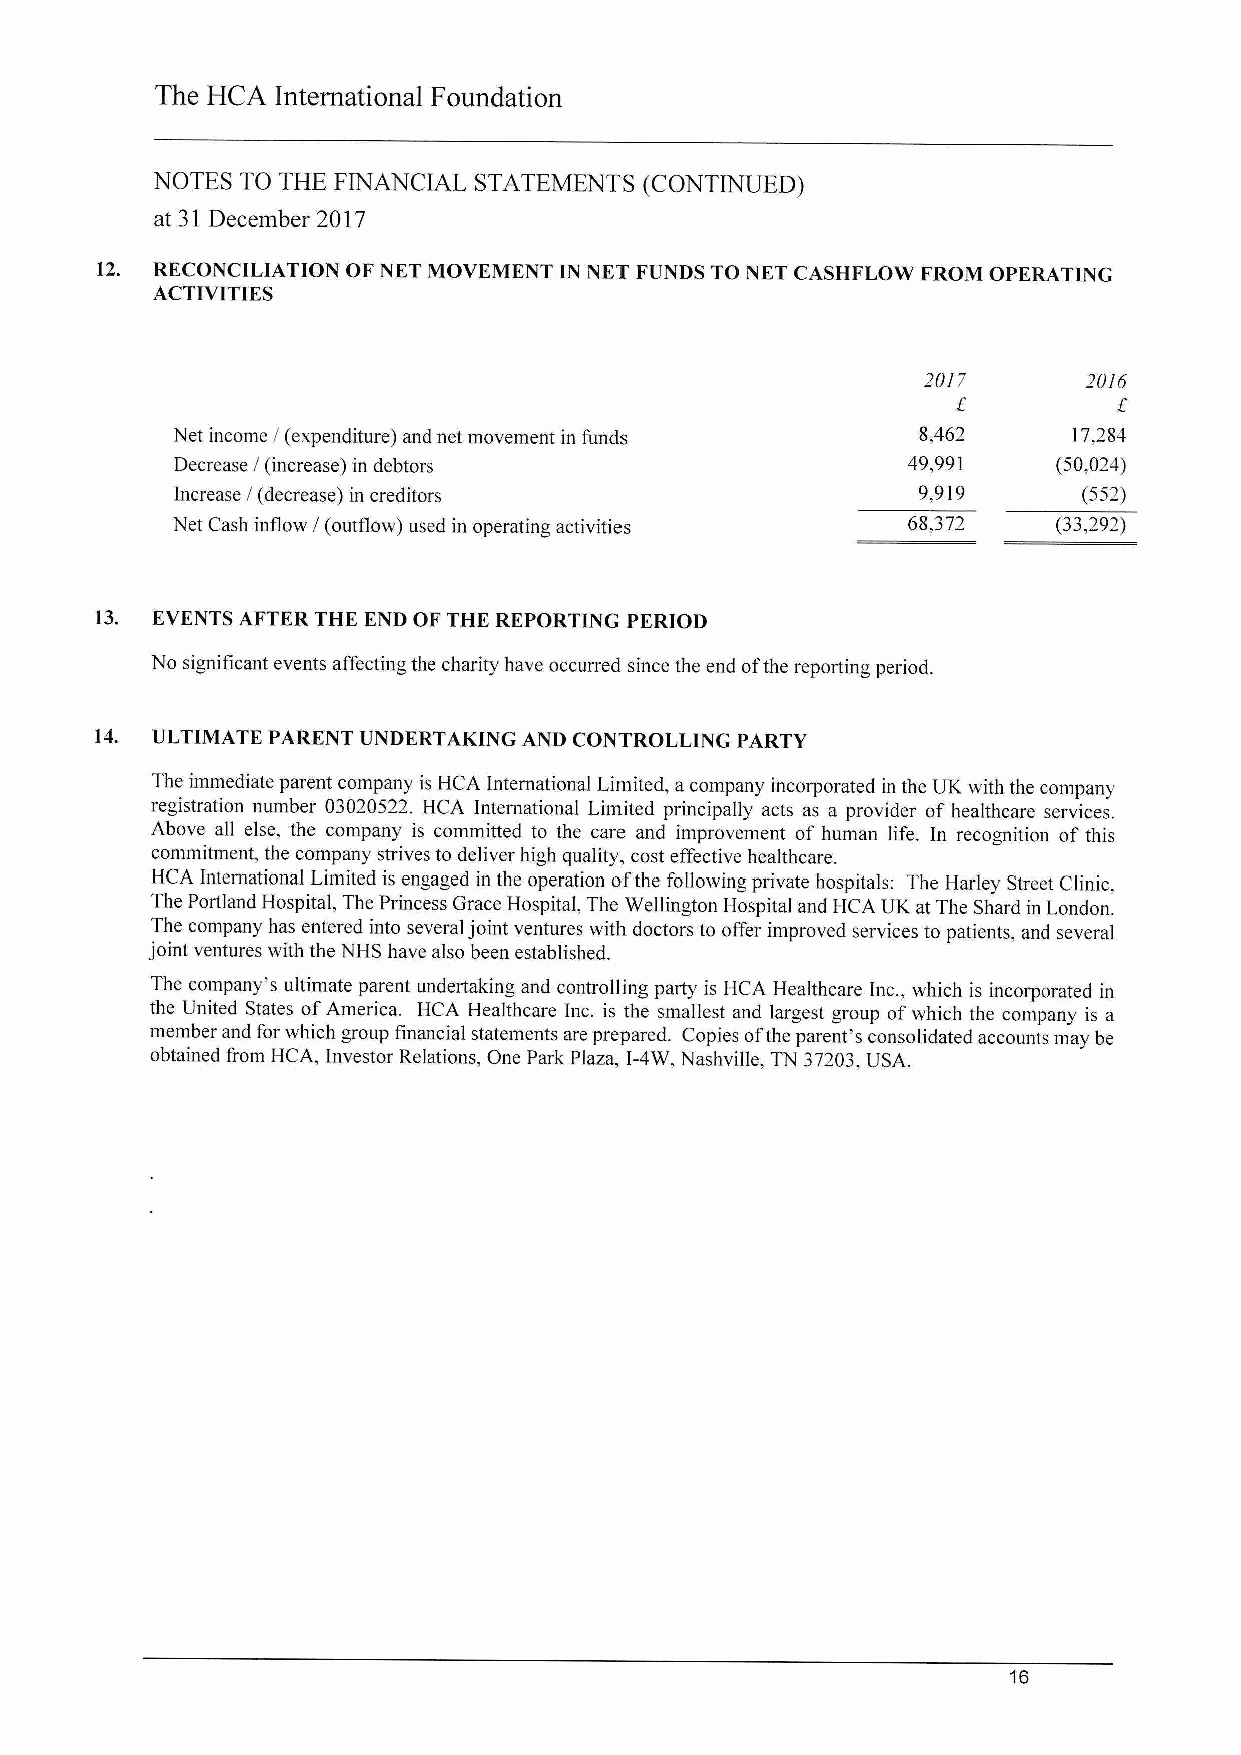
The HCA International Foundation
 NOTES TO THE FINANCIAL STATEMENTS (CONTINUED)
 at 31 December 2017
 12. RECONCILIATION OF NET MOVEMENT IN NET FUNDS TO NET CASHFLOW FROM OPERATING
 ACTIVITIES
 20/7       20/6
 Net income / (expenditure) and net movement in funds 8,462  17,284
 Decrease / (increase) in debtors                49,991    (50,024)
 Increase / (decrease) in creditors               9,919      (552)
 Net Cash inflow / (outflow) used in operating activities 68,372 (33,292)
 13. EVENTS AFTER THE END OF THE REPORTING PERIOD
 No significant events affecting the charity have occurred since the end ofthe reporting period.
 14. ULTIMATE PARENT UNDERTAKING AND CONTROLLING PARTY
 The immediate parent company is HCA International Limited, acompany incorporated in the UK with the company
 registration number 03020522. HCA International Limited principally acts as a provider ofhealthcare services.
 Above all else, the company is committed to the care and improvement of human life. In recognition of this
 commitment, the company strives to deliver high quality, cost effective healthcare.
 HCA International Limited is engaged in the operation ofthe following private hospitals: The Harley Street Clinic,
 The Portland Hospital, The Princess Grace Hospital, The Wellington Hospital and HCA UK at The Shard in London.
 The company has entered into several joint ventures with doctors to offer improved services to patients, and several
 joint ventures with the NHS have also been established.
 The company's ultimate parent undertaking and controlling party is HCA Healthcare Inc., which is incorporated in
 the United States ofAmerica. HCA Healthcare Inc. is the smallest and largest group ofwhich the company is a
 member and for which group financial statements are prepared. Copies ofthe parent's consolidated accounts may be
 obtained from HCA, Investor Relations, One Park Plaza, I-4W, Nashville, TN 37203,USA.
 16